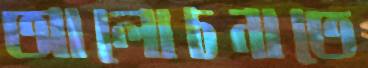
আলোচনাতে